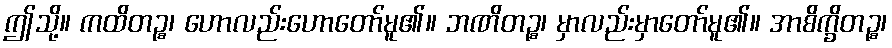
ဤသို့။ ကထိတဉ္စ၊ ဟောလည်းဟောတော်မူ၏။ ဘဏိတဉ္စ၊ မှာလည်းမှာတော်မူ၏။ အာစိက္ခိတဉ္စ၊